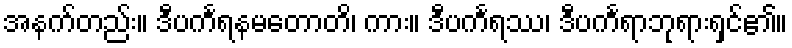
အနက်တည်း။ ဒီပင်္ကရနမတောတိ၊ ကား။ ဒီပင်္ကရဿ၊ ဒီပင်္ကရာဘုရားရှင်၏။